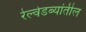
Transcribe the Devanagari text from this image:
रेल्वेडब्यांतील